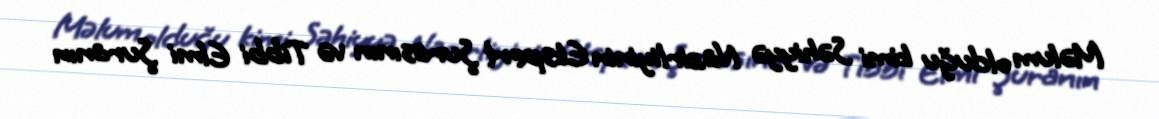
Məlum olduğu kimi Səhiyyə Nazirliyinin Ekspert Şurasının və Tibbi Elmi Şuranın